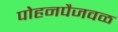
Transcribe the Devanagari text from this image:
पोहनपैजवळ